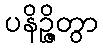
ပနိဉ္ဇိတွာ